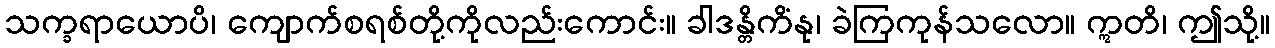
သက္ခရာယောပိ၊ ကျောက်စရစ်တို့ကိုလည်းကောင်း။ ခါဒန္တိကိံနု၊ ခဲကြကုန်သလော။ ဣတိ၊ ဤသို့။